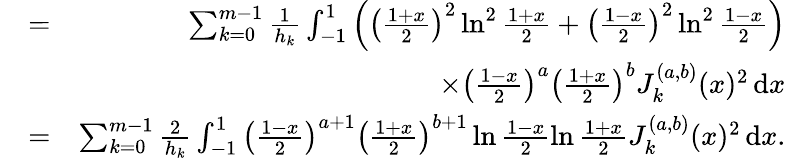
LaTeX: \begin{array}{rlr}{\! \! \! \! \! \! \! \! \mathcal{A}_{1}}&{=}&{\sum_{k=0}^{m-1}\frac{1}{h_{k}}\int_{-1}^{1}\left(\left(\frac{1+x}{2}\right)^{2}\ln^{2}\frac{1+x}{2}+\left(\frac{1-x}{2}\right)^{2}\ln^{2}\frac{1-x}{2}\right)}\\ &{}&{\times\left(\frac{1-x}{2}\right)^{a}\left(\frac{1+x}{2}\right)^{b}J_{k}^{(a,b)}(x)^{2}\, \mathrm{d}x}\\ {\! \! \! \! \! \! \! \! \mathcal{A}_{2}}&{=}&{\sum_{k=0}^{m-1}\frac{2}{h_{k}}\int_{-1}^{1}\left(\frac{1-x}{2}\right)^{a+1}\left(\frac{1+x}{2}\right)^{b+1}\ln\frac{1-x}{2}\ln\frac{1+x}{2}J_{k}^{(a,b)}(x)^{2}\, \mathrm{d}x.}\end{array}